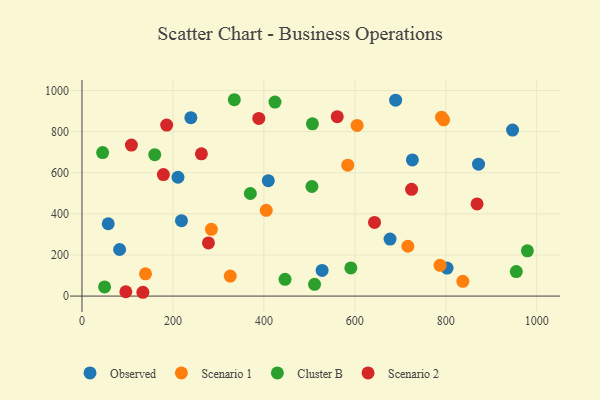
{"axis": {"x": "Price", "y": "Salary"}, "legend": ["Cluster B", "Observed", "Scenario 1", "Scenario 2"], "data": [{"x": "802.8", "y": 136.0, "type": "Observed"}, {"x": "218.8", "y": 367.0, "type": "Observed"}, {"x": "409.7", "y": 561.6, "type": "Observed"}, {"x": "211.1", "y": 578.1, "type": "Observed"}, {"x": "239.4", "y": 868.2, "type": "Observed"}, {"x": "872.0", "y": 641.8, "type": "Observed"}, {"x": "677.4", "y": 277.3, "type": "Observed"}, {"x": "726.5", "y": 662.2, "type": "Observed"}, {"x": "57.7", "y": 351.8, "type": "Observed"}, {"x": "528.0", "y": 124.8, "type": "Observed"}, {"x": "946.8", "y": 807.5, "type": "Observed"}, {"x": "689.7", "y": 953.1, "type": "Observed"}, {"x": "82.7", "y": 226.5, "type": "Observed"}, {"x": "605.0", "y": 830.2, "type": "Scenario 1"}, {"x": "716.6", "y": 242.5, "type": "Scenario 1"}, {"x": "795.2", "y": 857.4, "type": "Scenario 1"}, {"x": "405.2", "y": 417.2, "type": "Scenario 1"}, {"x": "790.7", "y": 870.2, "type": "Scenario 1"}, {"x": "139.7", "y": 108.2, "type": "Scenario 1"}, {"x": "326.1", "y": 97.3, "type": "Scenario 1"}, {"x": "284.6", "y": 324.9, "type": "Scenario 1"}, {"x": "787.3", "y": 149.8, "type": "Scenario 1"}, {"x": "837.5", "y": 72.0, "type": "Scenario 1"}, {"x": "584.4", "y": 637.0, "type": "Scenario 1"}, {"x": "45.4", "y": 698.0, "type": "Cluster B"}, {"x": "335.0", "y": 955.3, "type": "Cluster B"}, {"x": "370.2", "y": 499.0, "type": "Cluster B"}, {"x": "506.8", "y": 838.1, "type": "Cluster B"}, {"x": "446.5", "y": 81.7, "type": "Cluster B"}, {"x": "49.7", "y": 44.6, "type": "Cluster B"}, {"x": "424.4", "y": 944.1, "type": "Cluster B"}, {"x": "160.0", "y": 688.0, "type": "Cluster B"}, {"x": "511.4", "y": 57.2, "type": "Cluster B"}, {"x": "979.4", "y": 220.3, "type": "Cluster B"}, {"x": "955.0", "y": 119.4, "type": "Cluster B"}, {"x": "505.6", "y": 533.1, "type": "Cluster B"}, {"x": "591.2", "y": 137.1, "type": "Cluster B"}, {"x": "278.1", "y": 258.7, "type": "Scenario 2"}, {"x": "133.9", "y": 18.5, "type": "Scenario 2"}, {"x": "108.7", "y": 734.7, "type": "Scenario 2"}, {"x": "868.8", "y": 448.1, "type": "Scenario 2"}, {"x": "186.2", "y": 832.0, "type": "Scenario 2"}, {"x": "96.4", "y": 21.1, "type": "Scenario 2"}, {"x": "179.0", "y": 591.0, "type": "Scenario 2"}, {"x": "388.8", "y": 864.5, "type": "Scenario 2"}, {"x": "262.6", "y": 691.9, "type": "Scenario 2"}, {"x": "561.3", "y": 872.7, "type": "Scenario 2"}, {"x": "643.3", "y": 358.4, "type": "Scenario 2"}, {"x": "724.8", "y": 519.5, "type": "Scenario 2"}]}